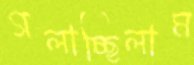
গলাচ্ছিলাম